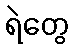
ရဲတွေ